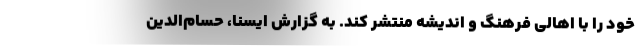
خود را با اهالی فرهنگ و اندیشه منتشر کند. به گزارش ایسنا، حسام‌الدین